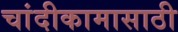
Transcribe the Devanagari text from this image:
चांदीकामासाठी